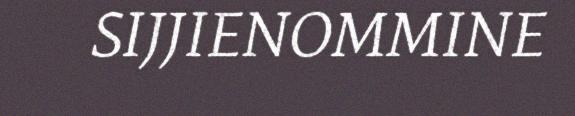
SIJJIENOMMINE